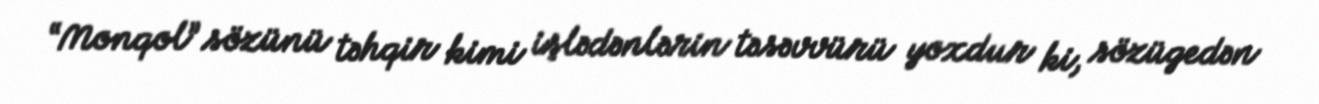
“Monqol” sözünü təhqir kimi işlədənlərin təsəvvürü yoxdur ki, sözügedən